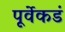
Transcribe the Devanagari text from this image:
पूर्वेकडं